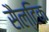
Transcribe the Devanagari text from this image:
सैल्टिक